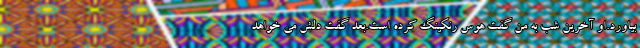
بیاورد.او آخرین شب به من گفت هوس رنکینگ کرده است.بعد گفت دلش می خواهد